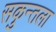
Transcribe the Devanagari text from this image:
सकुन्तला